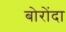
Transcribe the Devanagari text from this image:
बोरोंदा